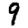
Digit: 9